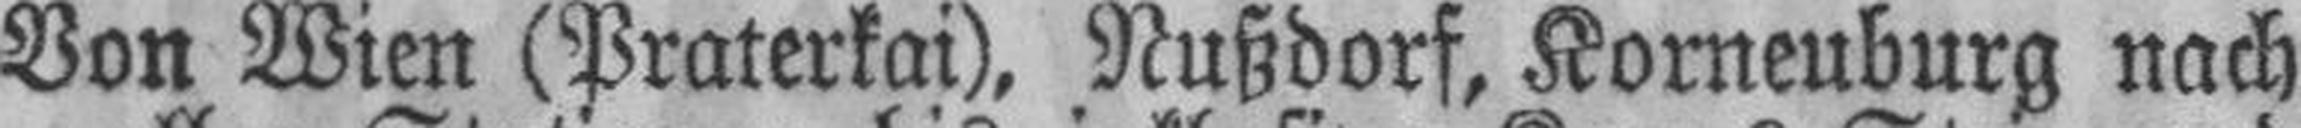
Von Wien (Praterkai), Nußdorf, Korneuburg nach